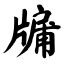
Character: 牖